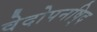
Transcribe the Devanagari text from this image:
वेदोपनषि्द